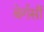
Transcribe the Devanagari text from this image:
बेर्गसाँ